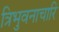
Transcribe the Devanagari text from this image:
त्रिभुवनाचारि